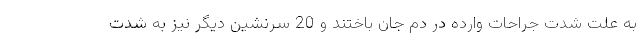
به علت شدت جراحات وارده در دم جان باختند و 20 سرنشین دیگر نیز به شدت